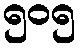
၅၀၅